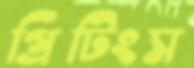
গ্রিটিংস